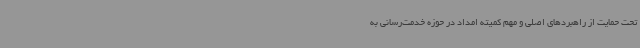
تحت حمایت از راهبردهای اصلی و مهم کمیته امداد در حوزه خدمت‌رسانی به